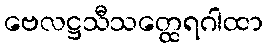
ဗေလဋ္ဌသီသတ္ထေရဂါထာ